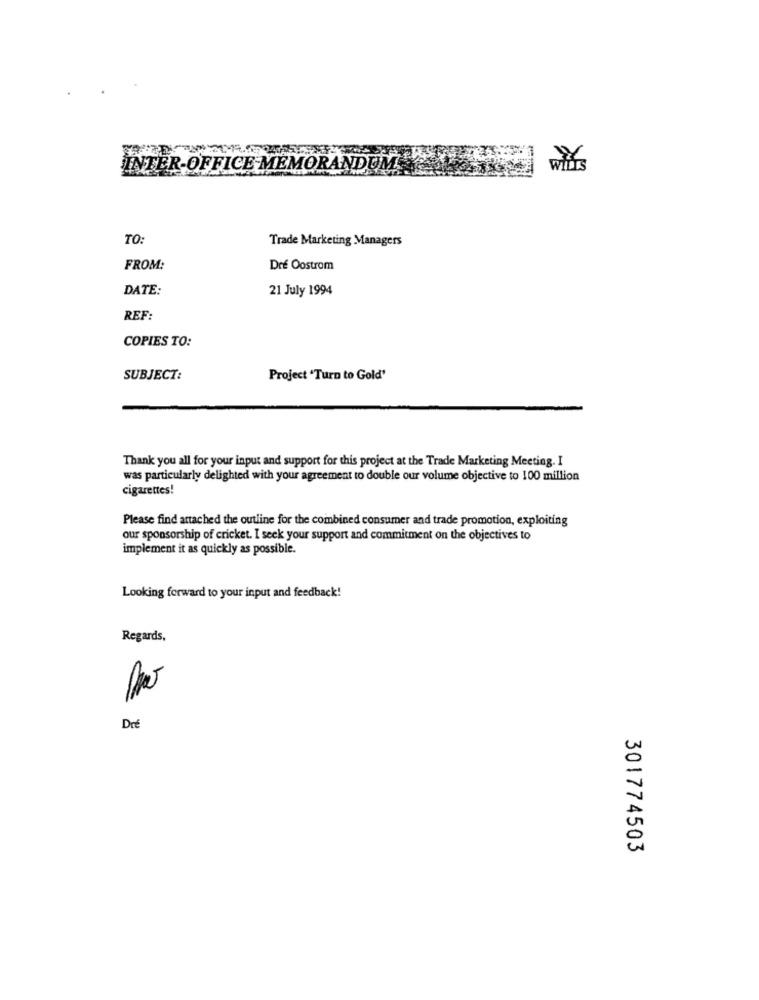
INTER-OFFICE MEMORANDUM KG
TO:
Trade Marketing Managers
FROM:
Dre Oostrom
DATE:
21 July 1994
REF:
COPIES TO:
SUBJECT:
Project 'Turn to Gold'
Thank you all for your input and support for this project at the Trade Marketing Meeting. I
was particularly delighted with your agreement to double our volume objective to 100 million
cigarettes!
Please find attached the outline for the combined consumer and trade promotion, exploiting
our sponsorship of cricket. I seek your support and commitment on the objectives to
implement it as quickly as possible.
Looking forward to your input and feedback!
Regards,
Dre
301774503